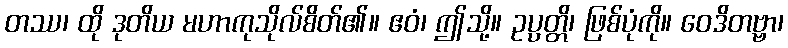
တဿ၊ ထို ဒုတိယ မဟာကုသိုလ်စိတ်၏။ ဧဝံ၊ ဤသို့။ ဥပ္ပတ္တိ၊ ဖြစ်ပုံကို။ ဝေဒိတဗ္ဗာ၊